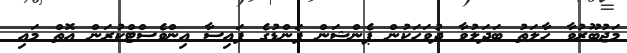
މަޖުބޫރުވާ ހާލަތު ބަދަލުވާ ދުވަހަކުން ޕެންޝަން ފަންޑުގެ ފައިސާ އިންވެސްޓްކުރަން އޮތް މައި